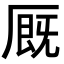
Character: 厩